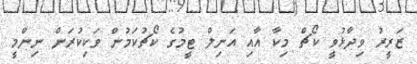
ޒަރީރު ވިދާޅުވީ ކޯޗް މިކާ އާއި އަނިލް ޓީމުގެ ކޯޗުކަމުން ވަކިކުރަން ނިންމީ